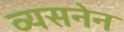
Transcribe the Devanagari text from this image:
व्यसनेन